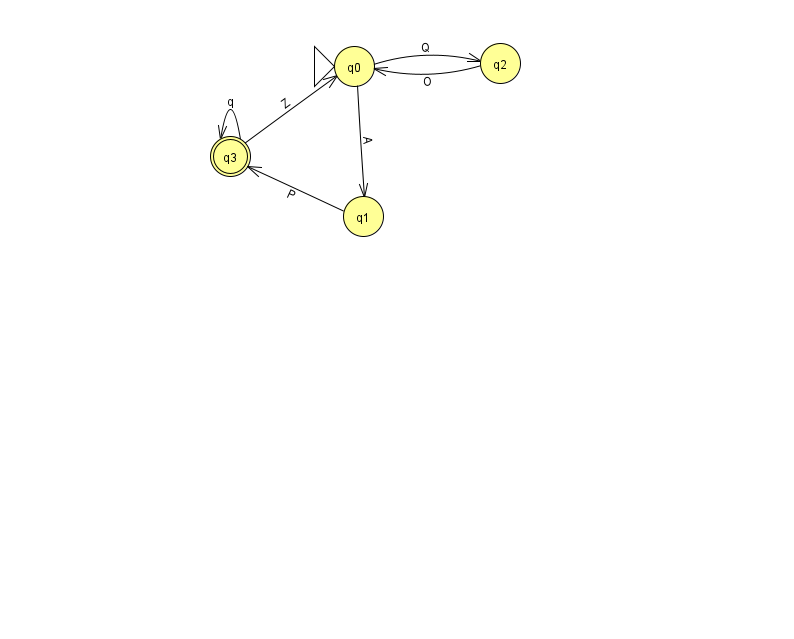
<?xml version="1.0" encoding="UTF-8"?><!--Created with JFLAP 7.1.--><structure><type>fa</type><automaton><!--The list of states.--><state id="0" name="q0"><x>354.0</x><y>53.0</y><initial/></state><state id="1" name="q1"><x>363.0</x><y>203.0</y></state><state id="2" name="q2"><x>500.0</x><y>50.0</y></state><state id="3" name="q3"><x>230.0</x><y>143.0</y><final/></state><!--The list of transitions.--><transition><from>3</from><to>0</to><read>Z</read></transition><transition><from>1</from><to>3</to><read>P</read></transition><transition><from>3</from><to>3</to><read>q</read></transition><transition><from>2</from><to>0</to><read>O</read></transition><transition><from>0</from><to>1</to><read>A</read></transition><transition><from>0</from><to>2</to><read>Q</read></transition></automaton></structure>